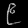
Digit: ၉